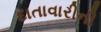
દાતાવારીની